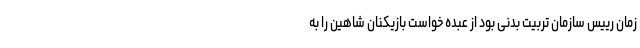
زمان رییس سازمان تربیت بدنی بود از عبده خواست بازیکنان شاهین را به